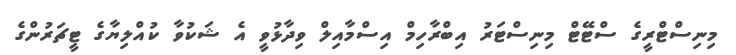
މިނިސްޓްރީގެ ސްޓޭޓް މިނިސްޓަރު އިބްރާހިމް އިސްމާއިލް ވިދާޅުވީ އެ ޝަކުވާ ކުއްލިޔާގެ ޓީޗަރުންގެ